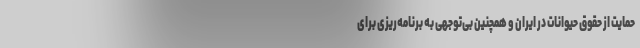
حمایت از حقوق حیوانات در ایران و همچنین بی‌توجهی به برنامه‌ریزی برای